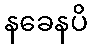
နခေနပိ